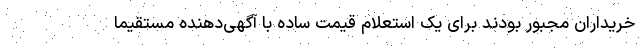
خریداران مجبور بودند برای یک استعلام قیمت ساده با آگهی‌دهنده مستقیما